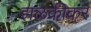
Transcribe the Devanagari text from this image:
झळकीकर